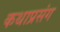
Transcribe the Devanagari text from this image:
कथाप्रसंग